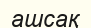
ашсақ